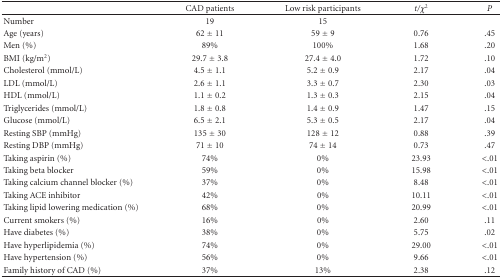
|  | CAD patients | Low risk participants | t/χ2 | P |
 | --- | --- | --- | --- | --- |
 | Number | 19 | 15 |  |  |
 | Age (years) | 62 ± 11 | 59 ± 9 | 0.76 | .45 |
 | Men (%) | 89% | 100% | 1.68 | .20 |
 | BMI (kg/m2) | 29.7 ± 3.8 | 27.4 ± 4.0 | 1.72 | .10 |
 | Cholesterol (mmol/L) | 4.5 ± 1.1 | 5.2 ± 0.9 | 2.17 | .04 |
 | LDL (mmol/L) | 2.6 ± 1.1 | 3.3 ± 0.7 | 2.30 | .03 |
 | HDL (mmol/L) | 1.1 ± 0.2 | 1.3 ± 0.3 | 2.15 | .04 |
 | Triglycerides (mmol/L) | 1.8 ± 0.8 | 1.4 ± 0.9 | 1.47 | .15 |
 | Glucose (mmol/L) | 6.5 ± 2.1 | 5.3 ± 0.5 | 2.17 | .04 |
 | Resting SBP (mmHg) | 135 ± 30 | 128 ± 12 | 0.88 | .39 |
 | Resting DBP (mmHg) | 71 ± 10 | 74 ± 14 | 0.73 | .47 |
 | Taking aspirin (%) | 74% | 0% | 23.93 | <.01 |
 | Taking beta blocker | 59% | 0% | 15.98 | <.01 |
 | Taking calcium channel blocker (%) | 37% | 0% | 8.48 | <.01 |
 | Taking ACE inhibitor | 42% | 0% | 10.11 | <.01 |
 | Taking lipid lowering medication (%) | 68% | 0% | 20.99 | <.01 |
 | Current smokers (%) | 16% | 0% | 2.60 | .11 |
 | Have diabetes (%) | 38% | 0% | 5.75 | .02 |
 | Have hyperlipidemia (%) | 74% | 0% | 29.00 | <.01 |
 | Have hypertension (%) | 56% | 0% | 9.66 | <.01 |
 | Family history of CAD (%) | 37% | 13% | 2.38 | .12 |